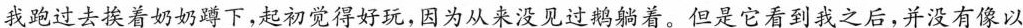
我跑过去挨着奶奶蹲下，起初觉得好玩，因为从来没见过鹇躺着。但是它看到我之后，并没有像以